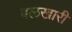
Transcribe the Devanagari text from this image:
बलखारी